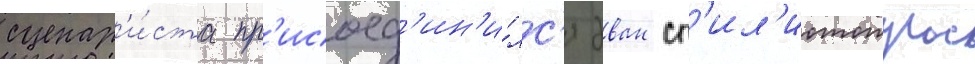
сценар'и́ста пр'исоед'ин'и́лс'я эван сп'ил'иотопулос